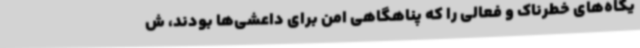
یگاه‌های خطرناک و فعالی را که پناهگاهی امن برای داعشی‌ها بودند، ش